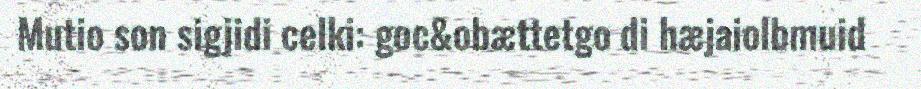
Mutio son sigjidi celki: goc&obættetgo di hæjaiolbmuid